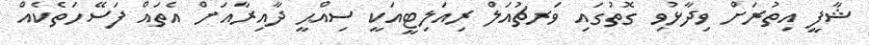
ޝާފީ އިތުރަށް ވިދާޅުވި ގޮތުގައި ވަރޗުއަލް ރިއަލިޓީއަކީ ސިއްޙީ ދާއިރާއަށް އެތައް ފަސޭހަތެކެއް